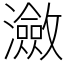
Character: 瀲